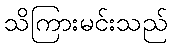
သိကြားမင်းသည်